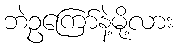
ဘဲဥကြော်နဲ့မို့လား